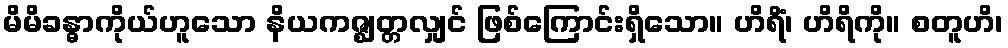
မိမိခန္ဓာကိုယ်ဟူသော နိယကဇ္ဈတ္တလျှင် ဖြစ်ကြောင်းရှိသော။ ဟိရိံ၊ ဟိရိကို။ စတူဟိ၊